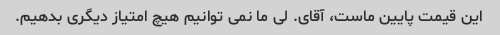
این قیمت پایین ماست، آقای. لی ما نمی توانیم هیچ امتیاز دیگری بدهیم.